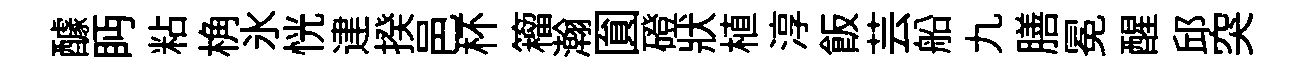
醵眄粘桷氷恍䢖揆邑杯籕瀚圎磴狀植淳飯芸船九膳冕醒邱突